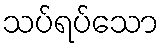
သပ်ရပ်သော